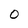
Character: O